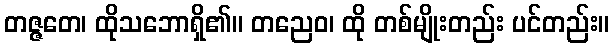
တဇ္ဇတေ၊ ထိုသဘောရှိ၏။ တညေဝ၊ ထို တစ်မျိုးတည်း ပင်တည်း။